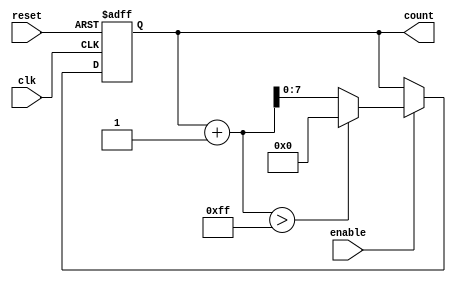
module incremental_counter #(
    parameter INITIAL_VALUE = 0,    // Initial value of the counter
    parameter STEP_SIZE = 1,         // Increment step size
    parameter MAX_VALUE = 255,       // Maximum value of the counter
    parameter WIDTH = 8               // Width of the counter (bits)
)(
    input wire clk,                   // Clock input
    input wire reset,                 // Asynchronous reset input
    input wire enable,                // Enable input
    output reg [WIDTH-1:0] count      // Current count output
);

    // Always block for synchronous logic
    always @(posedge clk or posedge reset) begin
        if (reset) begin
            // On reset, load the initial value
            count <= INITIAL_VALUE;
        end else if (enable) begin
            // Increment the counter
            if (count + STEP_SIZE > MAX_VALUE) begin
                count <= INITIAL_VALUE; // Wrap around to initial if overflow
            end else begin
                count <= count + STEP_SIZE; // Increment by step size
            end
        end
    end

endmodule